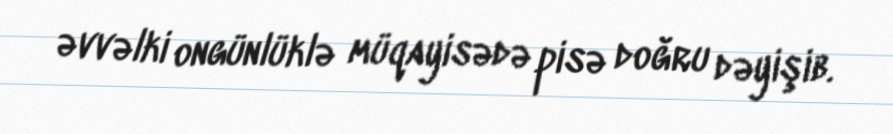
əvvəlki ongünlüklə müqayisədə pisə doğru dəyişib.